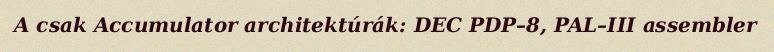
A csak Accumulator architektúrák: DEC PDP–8, PAL–III assembler